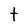
Character: t